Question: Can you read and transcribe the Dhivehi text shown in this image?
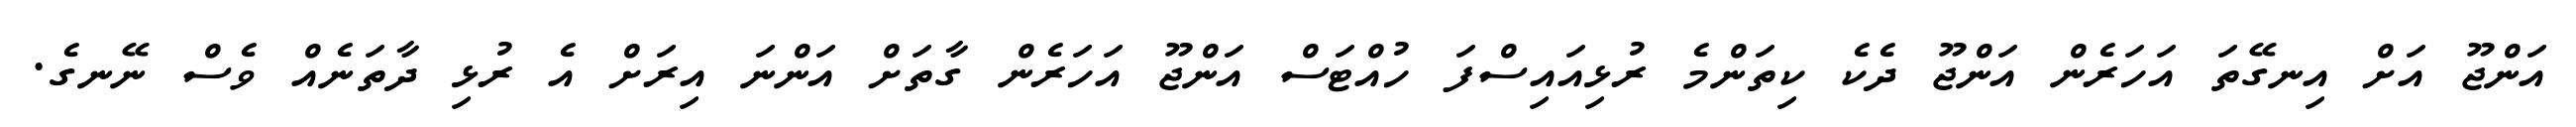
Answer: އަންޖޫ އަށް އިނގޭތަ އަހަރެން އަންޖޫ ދެކެ ކިތަންމެ ރުޅިއައިސްފަ ހުއްޓަސް އަންޖޫ އަހަރެން ގާތަށް އަންނަ އިރަށް އެ ރުޅި ދާތަނެއް ވެސް ނޭނގެ.